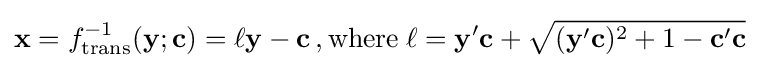
\mathbf {x} =f_{\text{trans}}^{-1}(\mathbf {y} ;\mathbf {c} )=\ell \mathbf {y} -\mathbf {c} \,,{\text{where}}\;\ell =\mathbf {y} '\mathbf {c} +{\sqrt {(\mathbf {y} '\mathbf {c} )^{2}+1-\mathbf {c} '\mathbf {c} }}